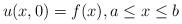
LaTeX: \begin{align*}u(x,0)=f(x), a\leq x\leq b\end{align*}